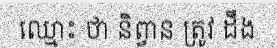
ឈ្មោះ ថា និព្វាន ត្រូវ ដឹង